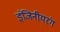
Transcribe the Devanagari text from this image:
इंजिनीयरंग